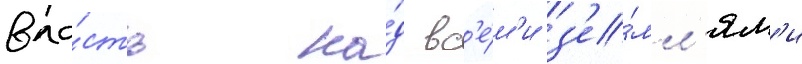
вла́сть на́д вс'е́м'и з'е́мл'ям'и